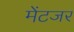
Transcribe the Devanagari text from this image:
मेंटजर